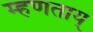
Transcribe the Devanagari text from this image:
म्हणताय्